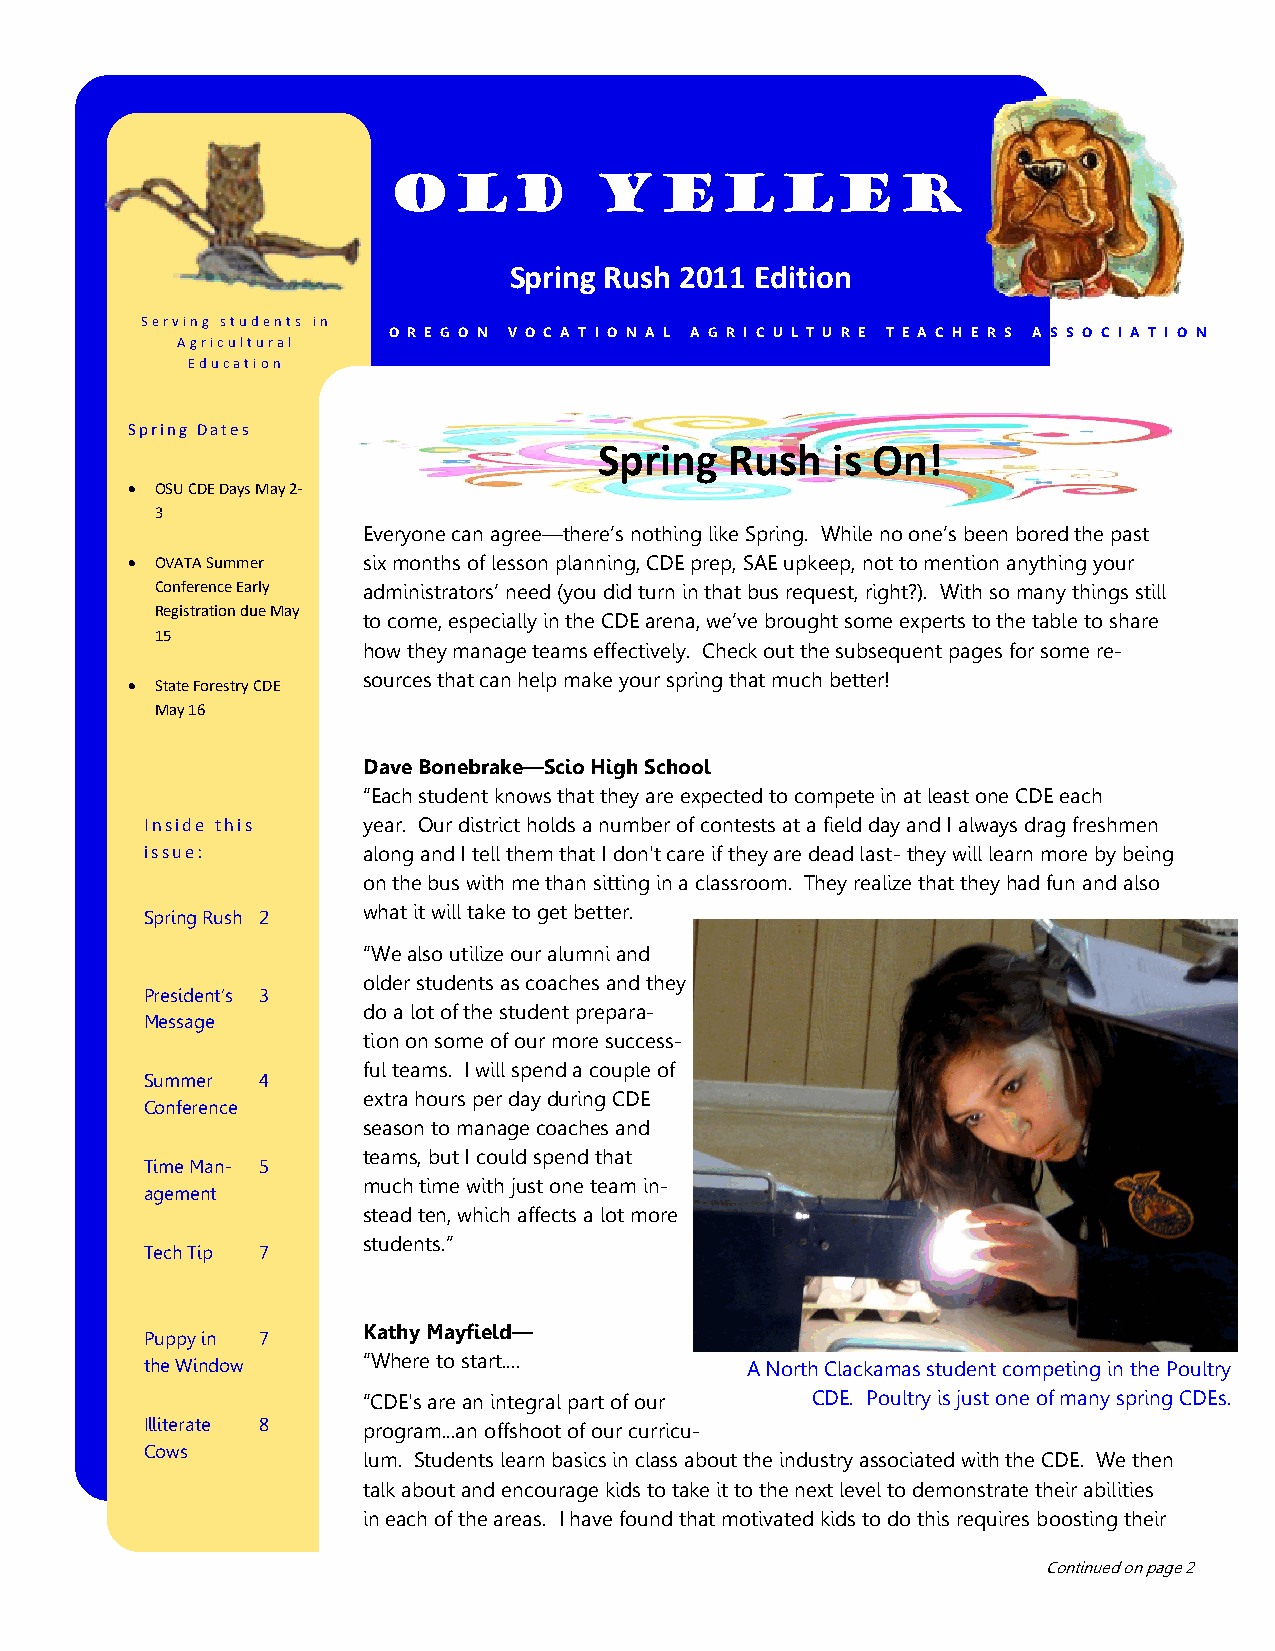
Old          Yeller
 Spring Rush 2011 Edition
 Serving students in
 O R E G O N V O C A T I O N A L A G R I C U L T U R E T E A C H E R S A S S O C I A T I O N
 Agricultural
 Education
 Spring Dates
 Spring  Rush   is On!
  OSU CDE Days May 2-
 3
 Everyone can agree—there‘s nothing like Spring. While no one‘s been bored the past
  OVATA Summer  six months of lesson planning, CDE prep, SAE upkeep, not to mention anything your
 Conference Early administrators‘ need (you did turn in that bus request, right?). With so many things still
 Registration due May
 to come, especially in the CDE arena, we‘ve brought some experts to the table to share
 15
 how they manage teams effectively. Check out the subsequent pages for some re-
 sources that can help make your spring that much better!
  State Forestry CDE
 May 16
 Dave Bonebrake—Scio High School
 ―Each student knows that they are expected to compete in at least one CDE each
 Inside this   year. Our district holds a number of contests at a field day and I always drag freshmen
 issue:        along and I tell them that I don't care if they are dead last- they will learn more by being
 on the bus with me than sitting in a classroom. They realize that they had fun and also
 what it will take to get better.
 Spring Rush 2
 ―We also utilize our alumni and
 older students as coaches and they
 President‘s 3
 do a lot of the student prepara-
 Message
 tion on some of our more success-
 ful teams. I will spend a couple of
 Summer 4
 extra hours per day during CDE
 Conference
 season to manage coaches and
 teams, but I could spend that
 Time Man- 5
 much time with just one team in-
 agement
 stead ten, which affects a lot more
 students.‖
 Tech Tip 7
 Kathy Mayfield—
 Puppy in 7
 the Window    ―Where to start....      A North Clackamas student competing in the Poultry
 ―CDE's are an integral part of our CDE. Poultry is just one of many spring CDEs.
 Illiterate 8  program...an offshoot of our curricu-
 Cows
 lum. Students learn basics in class about the industry associated with the CDE. We then
 talk about and encourage kids to take it to the next level to demonstrate their abilities
 in each of the areas. I have found that motivated kids to do this requires boosting their
 Continued on page 2